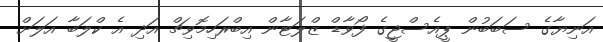
އަނިޔާގެ ސަބަބުން ޕީއެސްޖީގެ ފޯވާޑް ޒްލަޓާން އިބްރަހިމޮވިޗް އަދި އެ ކްލަބާ އަލަށް